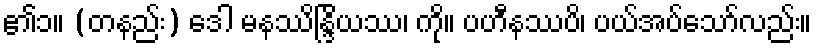
၏၁။ (တနည်း) ဒေါ မနဿိန္ဒြိယဿ၊ ကို။ ပဟီနဿပိ၊ ပယ်အပ်သော်လည်း။